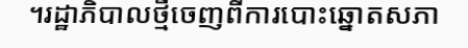
។រដ្ឋាភិបាលថ្មីចេញពីការបោះឆ្នោតសភា